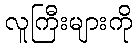
လူကြီးများကို